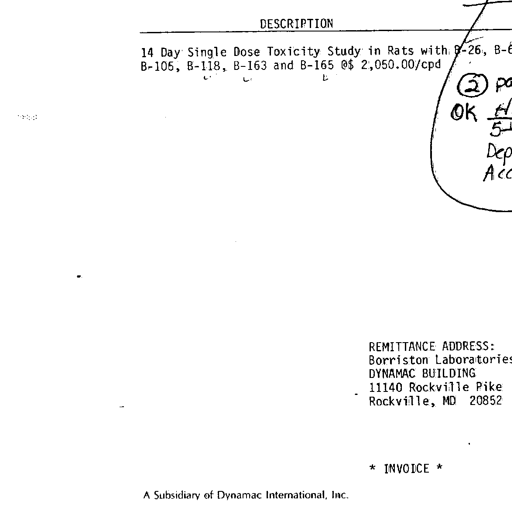
Transcript:
DESCRIPTION
14 Day Single Dose Toxicity Study in Rats with B-26, B-81,
B-105, B-118, B-163 and B-165 @$ 2,050.00/cpd ② paid
OK 5/21
Dep
Acc

REMITTANCE ADDRESS:
Borriston Laboratories,
DYNAMAC BUILDING
11140 Rockville Pike
Rockville, MD 20852

* INVOICE *

A Subsidiary of Dynamac International, Inc.